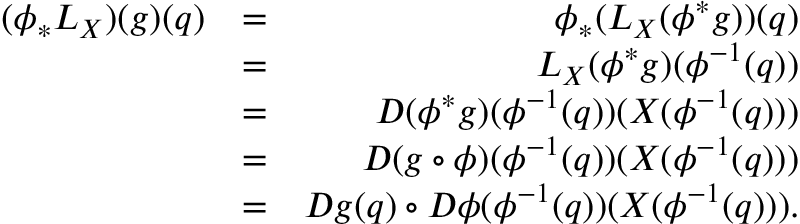
\begin{array} { r l r } { ( \phi _ { * } L _ { X } ) ( g ) ( q ) } & { = } & { \phi _ { * } ( L _ { X } ( \phi ^ { * } g ) ) ( q ) } \\ & { = } & { L _ { X } ( \phi ^ { * } g ) ( \phi ^ { - 1 } ( q ) ) } \\ & { = } & { D ( \phi ^ { * } g ) ( \phi ^ { - 1 } ( q ) ) ( X ( \phi ^ { - 1 } ( q ) ) ) } \\ & { = } & { D ( g \circ \phi ) ( \phi ^ { - 1 } ( q ) ) ( X ( \phi ^ { - 1 } ( q ) ) ) } \\ & { = } & { D g ( q ) \circ D \phi ( \phi ^ { - 1 } ( q ) ) ( X ( \phi ^ { - 1 } ( q ) ) ) . } \end{array}